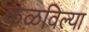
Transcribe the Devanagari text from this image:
कळविल्या